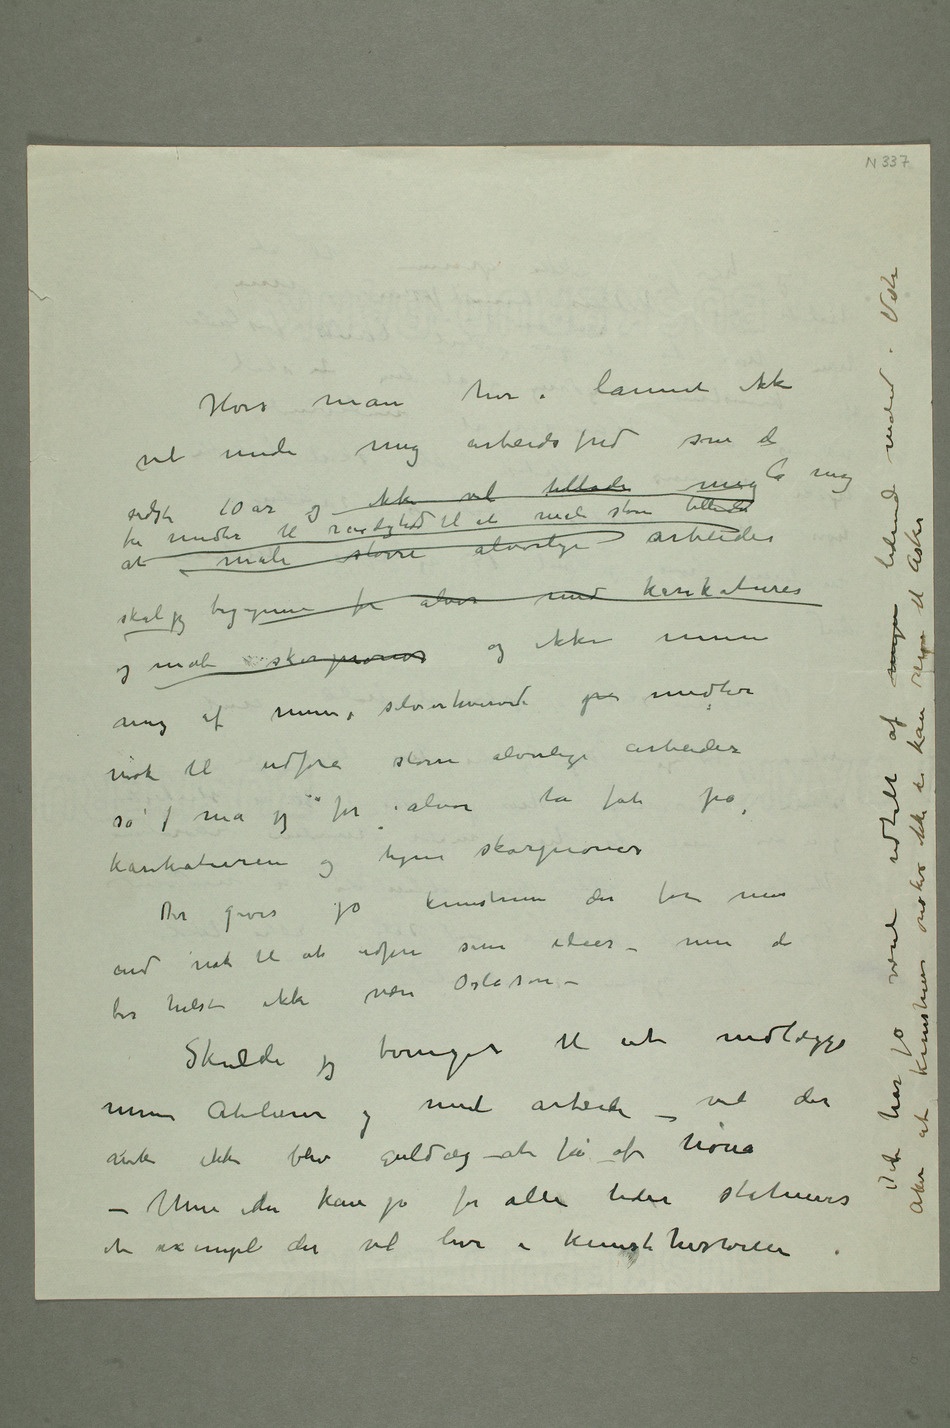
her i lannet ikke
vil unde mig arbeidsfred som de
sidste 10 år og ikke vil tillade mig la mig
skal jeg begynne for alvor med karikaturer
mig af mine selverhvervede p midler
nok til udføre større alvorlige arbeider
så  må jeg for alvor ta fat på
karikaturen og tegne skorpioner
kunstnere der får mer
end nok til at udføre sine ideer – men de
bør helst ikke være
– Skulde jeg tvinges til at nedlægge
mine Atelierer og mit arbeide – vil der
nok ikke blive guldæg –at få af høna
– Men der kan jo for alle tider statueres
et exempel der vil leve i kunsthistorien Dert har jo været udtalt